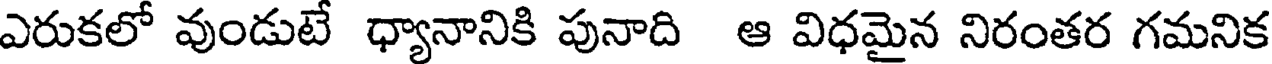
ఎరుకలో వుండుటే ధ్యానానికి పునాది ఆ విధమైన నిరంతర గమనిక